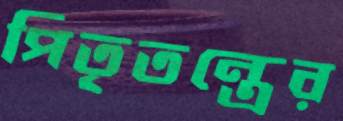
পিতৃতন্ত্রের